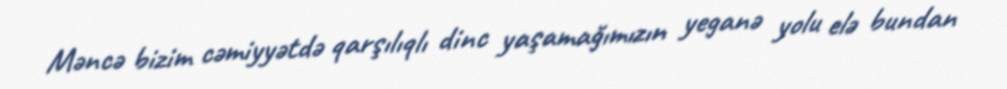
Məncə bizim cəmiyyətdə qarşılıqlı dinc yaşamağımızın yeganə yolu elə bundan